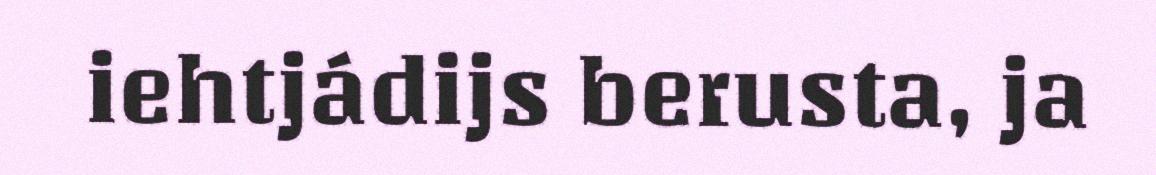
iehtjádijs berusta, ja